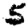
Digit: 5